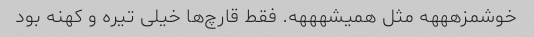
خوشمزهههه مثل همیشهههه. فقط قارچ‌ها خیلی تیره و کهنه بود